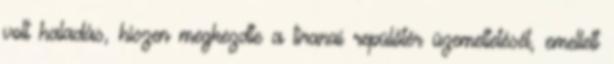
volt haladás, hiszen megkezdte a tiranai repülőtér üzemeltetését, emellett